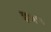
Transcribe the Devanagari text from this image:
इ५५